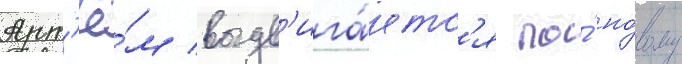
Арт'ё́м выдв'ига́етс'я по́ но́вому